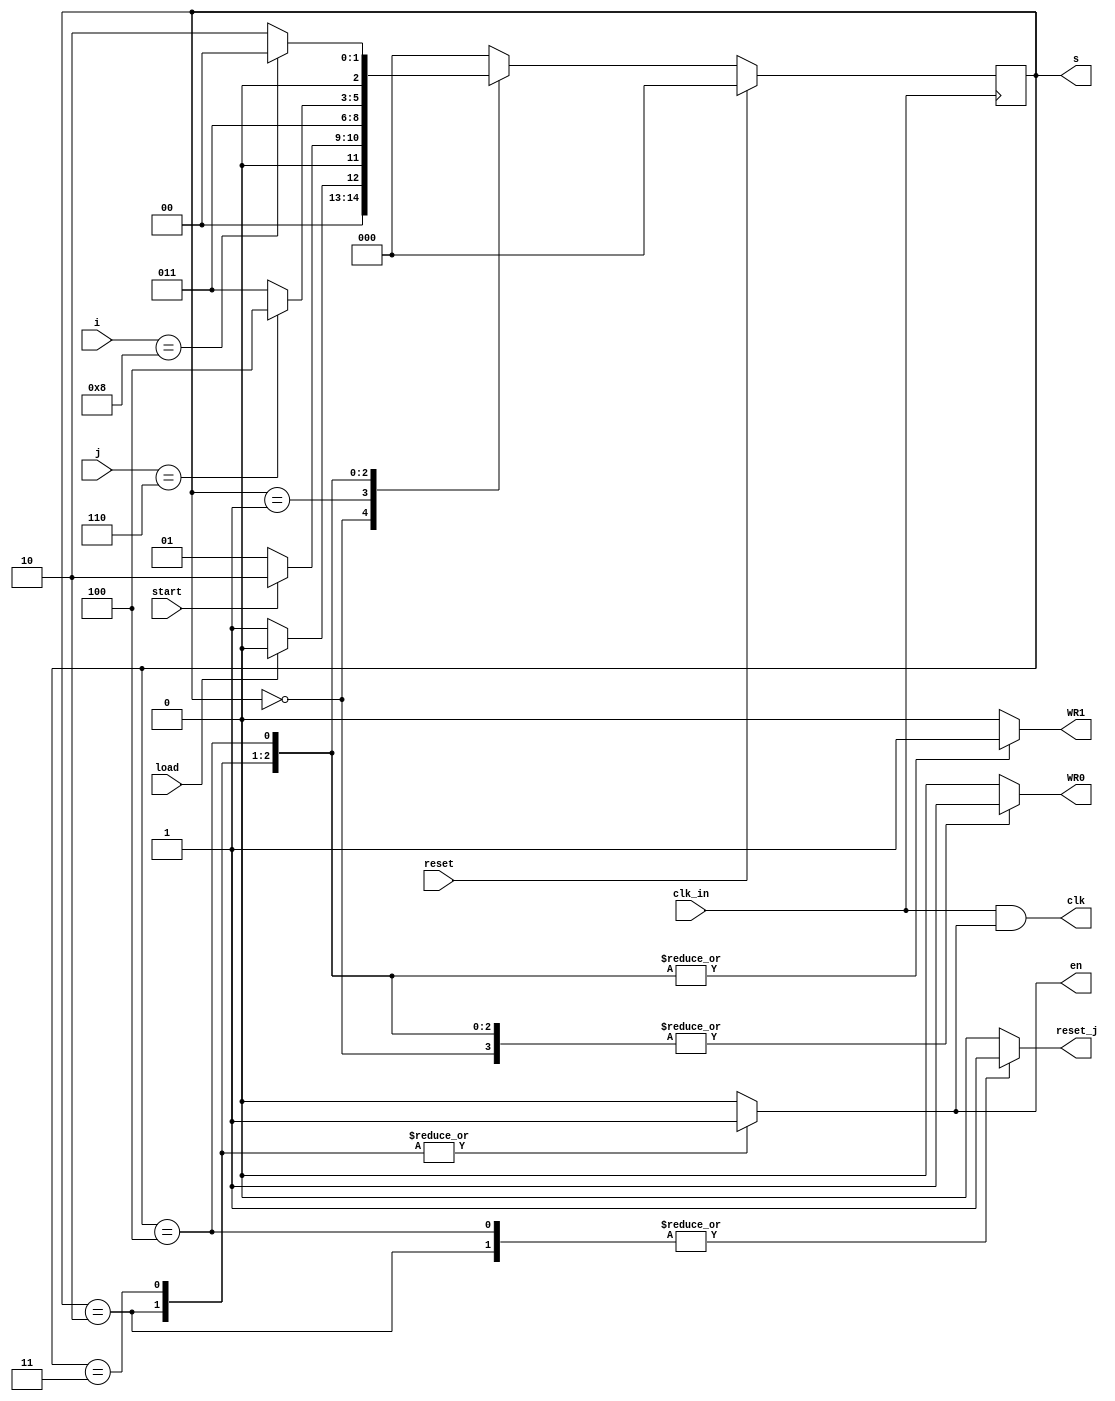
module FSM(i,j,reset,load,start,clk_in,reset_j,clk,en,WR0,WR1,s);

input reset,start,clk_in,load;
input [2:0] j;
input [3:0] i;
output reg reset_j,en,WR0,WR1;
output reg [2:0]s;
output  clk;


always@(posedge clk_in)
	if(reset==1'd1)
		s=3'd0;
	else 
		case(s)
			3'd0:s<=(load)?3'd0:3'd1;
			3'd1:s<=(start)?3'd2:3'd1;
			3'd2:s<=3'd3;
			3'd3:s<=(j==3'd6)?3'd4:3'd3;
			3'd4:s<=(i==4'd8)?3'd0:3'd2;
			default:s<=3'd0;
		endcase
		
always@(s)
	case(s)
		3'd0:begin	
				reset_j<=1'd0;
				en<=1'd0;
				WR0<=1'b1;
				WR1<=1'b0;
			  end
		3'd1:begin	
				reset_j<=1'd0;
				en<=1'd0;
				WR0<=1'b0;
				WR1<=1'b0;
			  end
		3'd2:begin	
				reset_j<=1'd1;
				en<=1'd1;
				WR0<=1'b1;
				WR1<=1'b1;
			  end
		3'd3:begin
				reset_j<=1'd0;
				en<=1'd1;
				WR0<=1'b1;
				WR1<=1'b1;
				end
		3'd4:begin
				reset_j<=1'd1;
				en<=1'd0;
				WR0<=1'b1;
				WR1<=1'b1;
				end			
		default:begin
				reset_j<=1'd0;
				en<=1'd0;
				WR0<=1'b0;
				WR1<=1'b0;
				end
	endcase
	
assign clk=clk_in&en;



endmodule